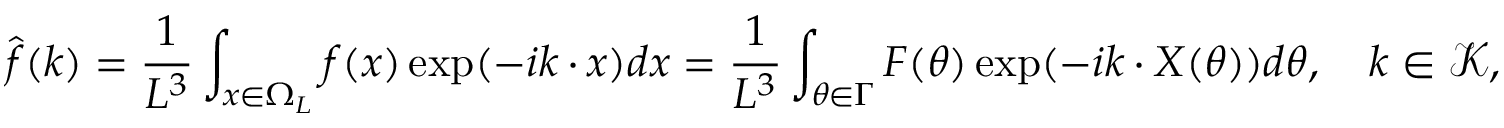
\hat { \boldsymbol f } ( \boldsymbol k ) = \frac { 1 } { L ^ { 3 } } \int _ { \boldsymbol x \in \Omega _ { L } } \boldsymbol f ( \boldsymbol x ) \exp ( - i \boldsymbol k \cdot \boldsymbol x ) d \boldsymbol x = \frac { 1 } { L ^ { 3 } } \int _ { \boldsymbol \theta \in \Gamma } \boldsymbol F ( \boldsymbol \theta ) \exp ( - i \boldsymbol k \cdot \boldsymbol X ( \boldsymbol \theta ) ) d \boldsymbol \theta , \quad \boldsymbol k \in \mathcal { K } ,